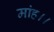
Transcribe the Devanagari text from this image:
मांह।।